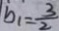
b _ { 1 } = \frac { 3 } { 2 }